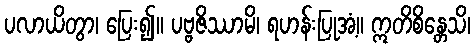
ပလာယိတွာ၊ ပြေး၍။ ပဗ္ဗဇိဿာမိ၊ ရဟန်းပြုအံ့။ ဣတိစိန္တေသိ၊